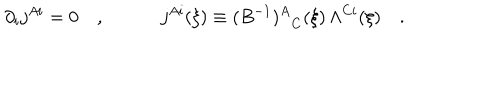
LaTeX: \partial _ { i } j ^ { A i } = 0 \quad , \quad \quad \quad j ^ { A i } ( \xi ) \equiv { ( B ^ { - 1 } ) ^ { A } } _ { C } ( \xi ) \, \Lambda ^ { C i } ( \xi ) \quad .